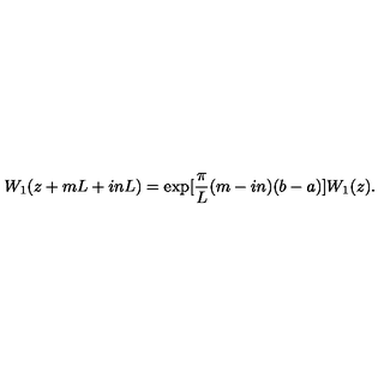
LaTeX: W _ { 1 } ( z + m L + i n L ) = \exp [ \frac { \pi } { L } ( m - i n ) ( b - a ) ] W _ { 1 } ( z ) .